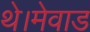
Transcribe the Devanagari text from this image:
थे।मेवाड